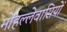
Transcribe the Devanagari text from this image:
मोहल्लेवासियों